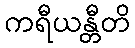
ကရီယန္တီတိ